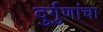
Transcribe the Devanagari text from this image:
दुर्गुणांचा